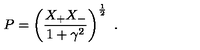
P = \left( \frac { X _ { + } X _ { - } } { 1 + \gamma ^ { 2 } } \right) ^ { \frac { 1 } { 2 } } \ .